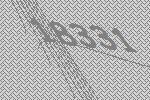
18331